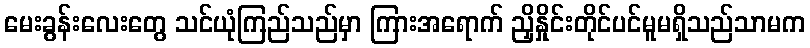
မေးခွန်းလေးတွေ သင်ယုံကြည်သည်မှာ ကြားအရောက် ညှိနှိုင်းတိုင်ပင်မူမရှိသည်သာမက